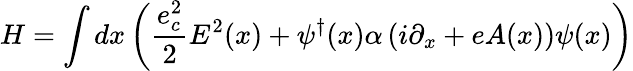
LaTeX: H=\int dx\left(\frac{e_{c}^{2}}{2}E^{2}(x)+\psi^{\dagger}(x)\alpha\left(i\partial_{x}+eA(x)\right)\psi(x)\right)